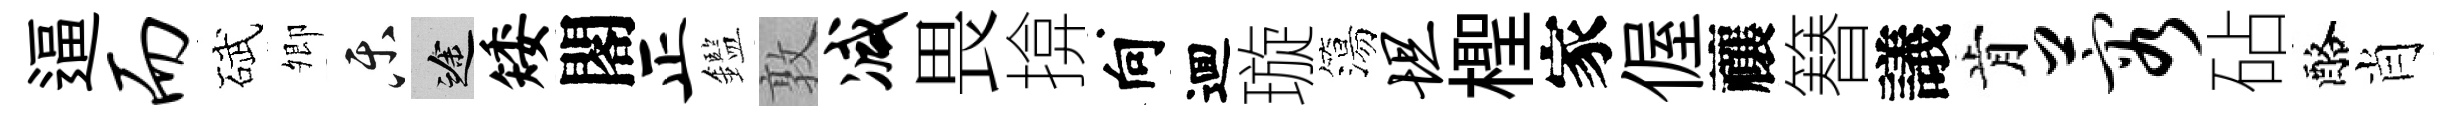
逼而碔𡖖乐途矮閣正鑑敦减畏揜向逥璇簜坦檉家偓禳簮議肯蓉砧酪肖